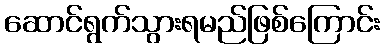
ဆောင်ရွက်သွားရမည်ဖြစ်ကြောင်း